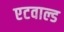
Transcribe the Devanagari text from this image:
एटवाल्ड